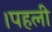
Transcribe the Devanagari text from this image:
।पहली